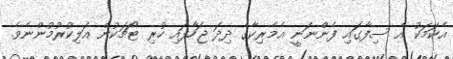
އެކަމަކު އެ ސިފާގައި ފެންނަނީ އެމެރިކާގެ ދިދަ ޖަހާފައި ހުރި ޓޯޗަކުން އަލިކުރުމުންނެވެ.